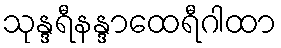
သုန္ဒရီနန္ဒာထေရီဂါထာ